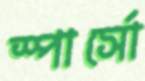
স্পার্সো